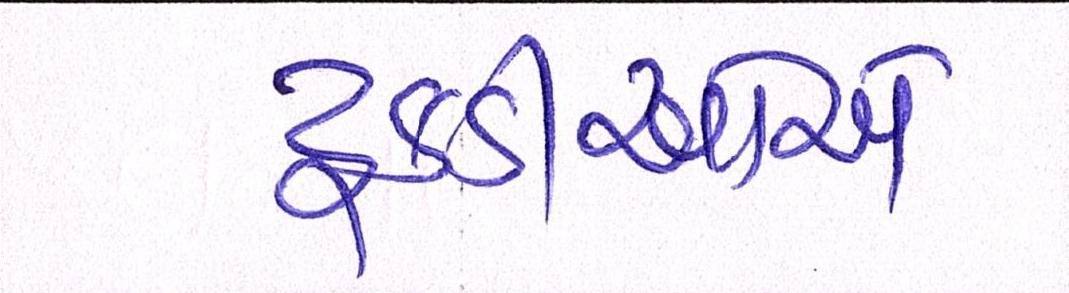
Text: ટૂકડીઓએ